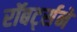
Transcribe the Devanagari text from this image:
रॉबर्ट्सने